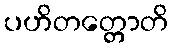
ပဟိတတ္တောတိ